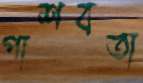
পাশবতা